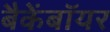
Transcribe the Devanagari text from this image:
बैकेंबॉयर